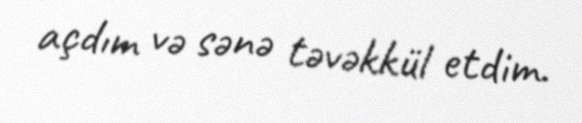
açdım və sənə təvəkkül etdim.